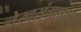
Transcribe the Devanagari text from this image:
लेखसंग्रहातून